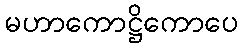
မဟာကောဋ္ဌိကောပေ